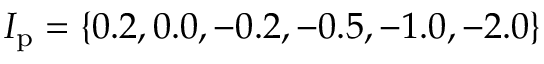
I _ { \mathrm { p } } = \{ 0 . 2 , 0 . 0 , - 0 . 2 , - 0 . 5 , - 1 . 0 , - 2 . 0 \}